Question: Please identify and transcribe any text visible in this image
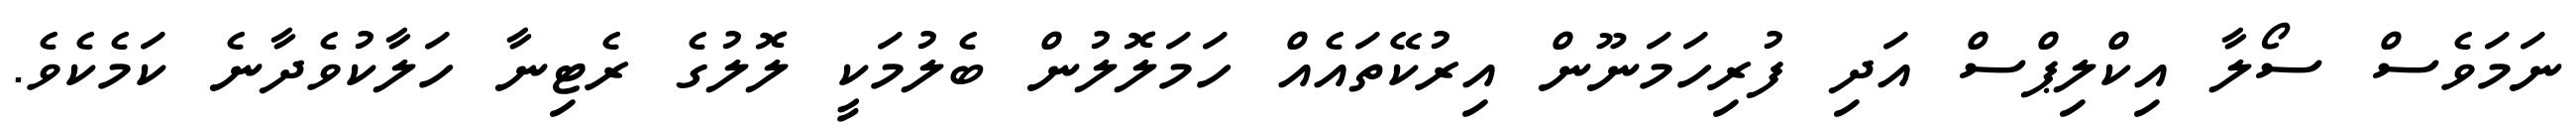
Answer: ނަމަވެސް ސޯލާ އިކްލިޕްސް އަދި ފުރިހަމަނޫން އިރުކޭތައެއް ހަމަލޮލުން ބެލުމަކީ ލޮލުގެ ރެޓިނާ ހަލާކުވެދާނެ ކަމެކެވެ.